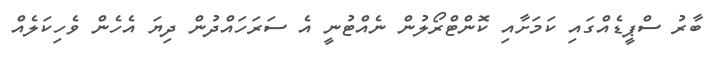
ބާރު ސްޕީޑެއްގައި ކަމަށާއި ކޮންޓްރޯލުން ނެއްޓުނީ އެ ސަރަހައްދުން ދިޔަ އެހެން ވެހިކަލެއް